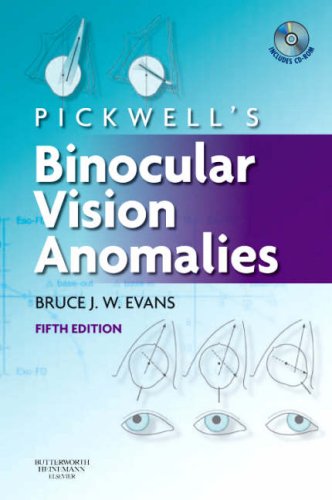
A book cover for Pickwell's Binocular Vision Anomalies, 5e; Bruce J. W. Evans BSc  PhD  FCOptom  DipCLP  DipOrth  FAAO  FBCLA; Medical Books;